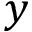
y